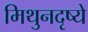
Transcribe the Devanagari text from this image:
मिथुनदृष्ये